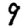
Digit: 9